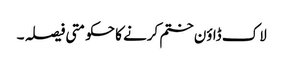
لاک ڈاؤن ختم کرنے کا حکومتی فیصلہ ۔